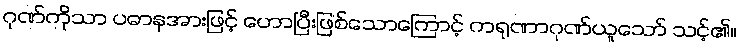
ဂုဏ်ကိုသာ ပဓာနအားဖြင့် ဟောပြီးဖြစ်သောကြောင့် ကရုဏာဂုဏ်ယူသော် သင့်၏။